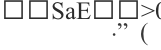
.] (